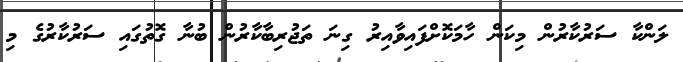
ލަންކާ ސަރުކާރުން މިކަން ހާމަކޮށްފައިވާއިރު ގިނަ ތަޖުރިބާކާރުން ބުނާ ގޮތުގައި ސަރުކާރުގެ މި